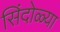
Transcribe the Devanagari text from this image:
सिंदोळ्या